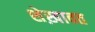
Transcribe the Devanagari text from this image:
शेख़ावत